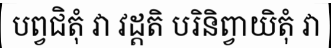
បព្វជិតុំ វា វដ្តតិ បរិនិព្វាយិតុំ វា